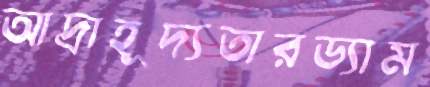
আদ্রাহূদ্যতারড্যাম